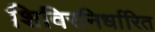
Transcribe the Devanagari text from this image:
शिविरनिर्धारित